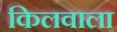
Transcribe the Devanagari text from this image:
किलवाला